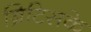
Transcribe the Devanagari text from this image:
ब्रिटिसके